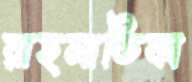
রাহমাতিকা